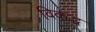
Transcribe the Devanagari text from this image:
विकद्ध